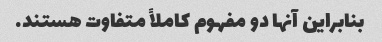
بنابراین آنها دو مفهوم کاملاً متفاوت هستند.